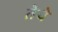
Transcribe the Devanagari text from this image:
तेचे